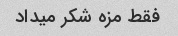
فقط مزه شکر میداد